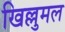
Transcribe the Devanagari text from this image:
खिल्लुमल